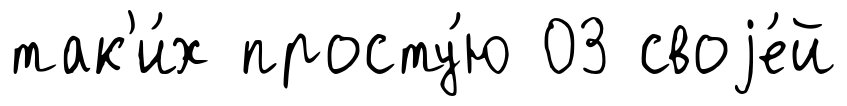
так'и́х просту́ю 03 своjе́й